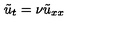
\tilde { u } _ { t } = \nu \tilde { u } _ { x x }